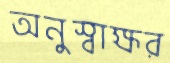
অনুস্বাক্ষর